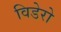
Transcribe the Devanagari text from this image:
विडेरो